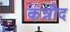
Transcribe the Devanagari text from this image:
कन्नौद